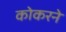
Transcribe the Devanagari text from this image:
कोकरने